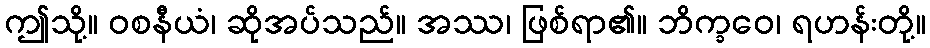
ဤသို့။ ဝစနီယံ၊ ဆိုအပ်သည်။ အဿ၊ ဖြစ်ရာ၏။ ဘိက္ခဝေ၊ ရဟန်းတို့။